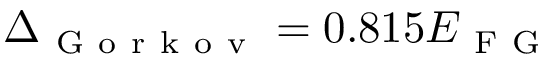
\Delta _ { \mathrm { ~ G ~ o ~ r ~ k ~ o ~ v ~ } } = 0 . 8 1 5 E _ { \mathrm { ~ F ~ G ~ } }